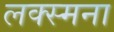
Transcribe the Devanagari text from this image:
लक्स्मना